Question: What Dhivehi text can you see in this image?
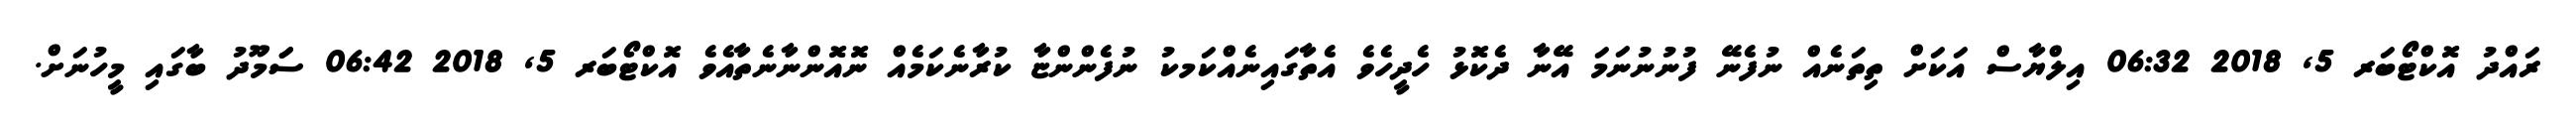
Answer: ރައްދު އޮކްޓޯބަރ 5, 2018 06:32 އިލްޔާސް އަކަށް ތިތަނެއް ނުފެނޭ ފުނުނުނަމަ އޭނާ ދެކޮޅު ހެދީހެވެ އެތާގައިނެއްކަމކު ނުފެންންޏާ ކުރާނެކަމެއް ނޮއޮންނާނެތާއެވެ އޮކްޓޯބަރ 5, 2018 06:42 ސަަމޫދު ބާގައި މީހުނަށް.